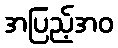
အပြည့်အဝ